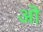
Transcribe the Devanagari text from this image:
अॊ